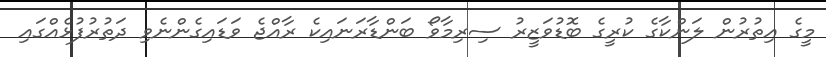
މީގެ އިތުރުން ލަންކާގެ ކުރީގެ ބޮޑުވަޒީރު ސިރިމާވޯ ބަންޑާރަނައިކެ ރާއްޖެ ވަޑައިގެންނެވި ދަތުރުފުޅެއްގައި